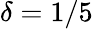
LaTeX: \delta=1/5